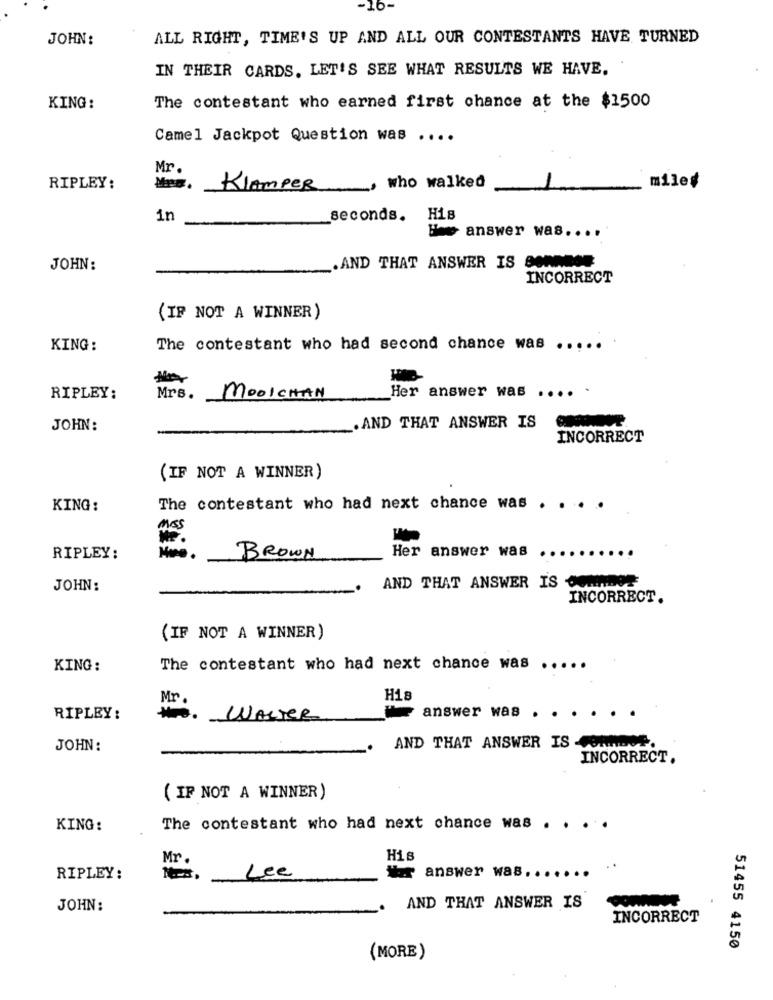
-16-
JOHN:
ALL RIGHT, TIME'S UP AND ALL OUR CONTESTANTS HAVE TURNED
IN THEIR CARDS. LET'S SEE WHAT RESULTS WE HAVE.
KING:
The contestant who earned first chance at the $1500
Camel Jackpot Question was ....
Mr.
mile#
RIPLEY:
KlAmpeR
who walked
in
seconds. His
He answer was ....
AND THAT ANSWER IS BORNDO
JOHN:
INCORRECT
(IF NOT A WINNER)
KING:
The contestant who had second chance was .....
Her answer was .... .
RIPLEY:
Mrs.
MOOICHAN
JOHN:
. AND THAT ANSWER IS
INCORRECT
(IF NOT A WINNER)
KING:
The contestant who had next chance was .
moss
Her answer was
RIPLEY:
BROWN
JOHN:
AND THAT ANSWER IS OWNADOS
INCORRECT.
(IF NOT A WINNER)
KING :
The contestant who had next chance was .....
Mr .
H18
RIPLEY:
#. WALTER
answer was . .
JOHN:
AND THAT ANSWER IS-
INCORRECT.
( IF NOT A WINNER)
KING:
The contestant who had next chance was . . . .
Mr.
His
RIPLEY:
Lee
Wir answer was ......
JOHN:
AND THAT ANSWER IS
INCORRECT
51455 4150
(MORE)